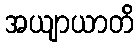
အယျာယာတိ